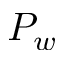
P _ { w }